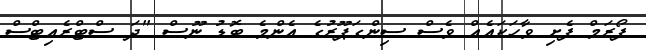
ފޯރަމް ފެށި ވާހަކައެއް ވެސް ސިންގަޕޫރުގެ އެންމެ ބޮޑު ނޫސް "ދަ ސްޓްރެއިޓްސް